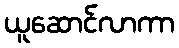
ယူဆောင်လာကာ